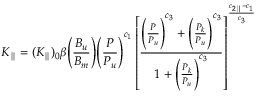
K _ { \parallel } = ( K _ { \parallel } ) _ { 0 } \beta \Bigg ( \frac { B _ { u } } { B _ { m } } \Bigg ) \Bigg ( \frac { P } { P _ { u } } \Bigg ) ^ { c _ { 1 } } \left[ \frac { \Bigg ( \frac { P } { P _ { u } } \Bigg ) ^ { c _ { 3 } } + \Bigg ( \frac { P _ { k } } { P _ { u } } \Bigg ) ^ { c _ { 3 } } } { 1 + \Bigg ( \frac { P _ { k } } { P _ { u } } \Bigg ) ^ { c _ { 3 } } } \right] ^ { \frac { c _ { 2 \parallel } - c _ { 1 } } { c _ { 3 } } }